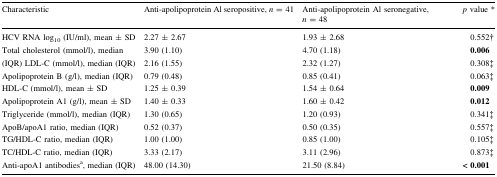
<table><thead><tr><td><b>Characteristic</b></td><td><b>Anti-apolipoprotein Al seropositive, <i>n</i> = 41</b></td><td><b>Anti-apolipoprotein Al seronegative, <i>n</i> = 48</b></td><td><b><i>p</i> value *</b></td></tr></thead><tbody><tr><td>HCV RNA log<sub>10</sub> (IU/ml), mean ± SD</td><td>2.27 ± 2.67</td><td>1.93 ± 2.68</td><td>0.552†</td></tr><tr><td>Total cholesterol (mmol/l), median</td><td>3.90 (1.10)</td><td>4.70 (1.18)</td><td><b>0.006</b></td></tr><tr><td>(IQR) LDL-C (mmol/l), median (IQR)</td><td>2.16 (1.55)</td><td>2.32 (1.27)</td><td>0.308‡</td></tr><tr><td>Apolipoprotein B (g/l), median (IQR)</td><td>0.79 (0.48)</td><td>0.85 (0.41)</td><td>0.063‡</td></tr><tr><td>HDL-C (mmol/l), mean ± SD</td><td>1.25 ± 0.39</td><td>1.54 ± 0.64</td><td><b>0.009</b></td></tr><tr><td>Apolipoprotein A1 (g/l), mean ± SD</td><td>1.40 ± 0.33</td><td>1.60 ± 0.42</td><td><b>0.012</b></td></tr><tr><td>Triglyceride (mmol/l), median (IQR)</td><td>1.30 (0.65)</td><td>1.20 (0.93)</td><td>0.341‡</td></tr><tr><td>ApoB/apoA1 ratio, median (IQR)</td><td>0.52 (0.37)</td><td>0.50 (0.35)</td><td>0.557‡</td></tr><tr><td>TG/HDL-C ratio, median (IQR)</td><td>1.00 (1.00)</td><td>0.85 (1.00)</td><td>0.105‡</td></tr><tr><td>TC/HDL-C ratio, median (IQR)</td><td>3.33 (2.17)</td><td>3.11 (2.96)</td><td>0.873‡</td></tr><tr><td>Anti-apoA1 antibodies<sup>a</sup>, median (IQR)</td><td>48.00 (14.30)</td><td>21.50 (8.84)</td><td><b>&lt;</b> <b>0.001</b></td></tr></tbody></table>